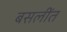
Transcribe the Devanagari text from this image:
बसलींत